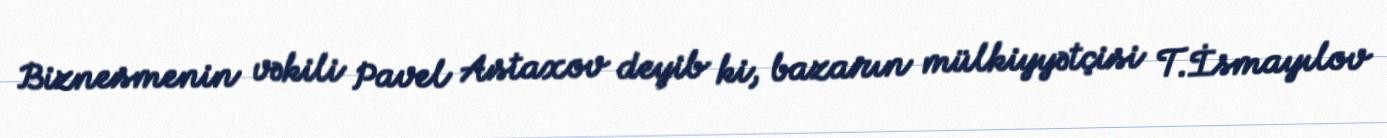
Biznesmenin vəkili Pavel Astaxov deyib ki, bazarın mülkiyyətçisi T.İsmayılov